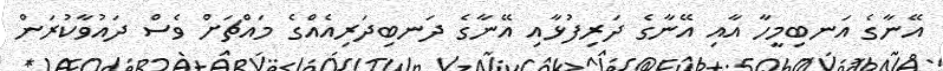
އޭނާގެ އަނބިމީހާ އާއި އޭނާގެ ދަރިފުޅާއި އޭނާގެ ދަނބިދަރިއެއްގެ މައްޗަށް ވެސް ދައުވާކުރަން